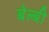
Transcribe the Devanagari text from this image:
बेल्बी